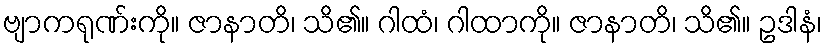
ဗျာကရုဏ်းကို။ ဇာနာတိ၊ သိ၏။ ဂါထံ၊ ဂါထာကို။ ဇာနာတိ၊ သိ၏။ ဥဒါနံ၊